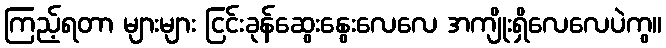
ကြည့်ရတာ များများ ငြင်းခုန်ဆွေးနွေးလေလေ အကျိုးရှိလေလေပဲကွ။